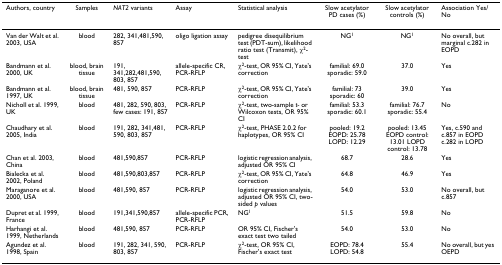
<table><thead><tr><td><b>Authors, country</b></td><td><b>Samples</b></td><td><b><i>NAT2 </i>variants</b></td><td><b>Assay</b></td><td><b>Statistical analysis</b></td><td><b>Slow acetylator PD cases (%)</b></td><td><b>Slow acetylator controls (%)</b></td><td><b>Association Yes/No</b></td></tr></thead><tbody><tr><td>Van der Walt et al. 2003, USA</td><td>blood</td><td>282, 341,481,590, 857</td><td>oligo ligation assay</td><td>pedigree disequilibrium test (PDT-sum), likelihood ratio test (Transmit), χ<sup>2</sup>-test</td><td>NG<sup>1</sup></td><td>NG<sup>1</sup></td><td>No overall, but marginal c.282 in EOPD</td></tr><tr><td>Bandmann et al. 2000, UK</td><td>blood, brain tissue</td><td>191, 341,282,481,590, 803, 857</td><td>allele-specific CR, PCR-RFLP</td><td>χ<sup>2</sup>-test, OR 95% CI, Yate&#x27;s correction</td><td>familial: 69.0 sporadic: 59.0</td><td>37.0</td><td>Yes</td></tr><tr><td>Bandmann et al. 1997, UK</td><td>blood, brain tissue</td><td>481, 590, 857</td><td>PCR-RFLP</td><td>χ<sup>2</sup>-test, OR 95% CI, Yate&#x27;s correction</td><td>familial: 73 sporadic: 60</td><td>39.0</td><td>Yes</td></tr><tr><td>Nicholl et al. 1999, UK</td><td>blood</td><td>481, 282, 590, 803, few cases: 191, 857</td><td>PCR-RFLP</td><td>χ<sup>2</sup>-test, two-sample <i>t- </i>or Wilcoxon tests, OR 95% CI</td><td>familial: 53.3 sporadic: 60.1</td><td>familial: 76.7 sporadic: 55.4</td><td>No</td></tr><tr><td>Chaudhary et al. 2005, India</td><td>blood</td><td>191, 282, 341,481, 590, 803, 857</td><td>PCR-RFLP</td><td>χ<sup>2</sup>-test, PHASE 2.0.2 for haplotypes, OR 95% CI</td><td>pooled: 19.2 EOPD: 25.78 LOPD: 12.29</td><td>pooled: 13.45 EOPD control: 13.01 LOPD control: 13.78</td><td>Yes, c.590 and c.857 in EOPD c.282 in LOPD</td></tr><tr><td>Chan et al. 2003, China</td><td>blood</td><td>481,590,857</td><td>PCR-RFLP</td><td>logistic regression analysis, adjusted OR 95% CI</td><td>68.7</td><td>28.6</td><td>Yes</td></tr><tr><td>Bialecka et al. 2002, Poland</td><td>blood</td><td>481,590,803,857</td><td>PCR-RFLP</td><td>χ<sup>2</sup>-test, OR 95% CI, Yate&#x27;s correction</td><td>64.8</td><td>46.9</td><td>Yes</td></tr><tr><td>Maraganore et al. 2000, USA</td><td>blood</td><td>481,590, 857</td><td>PCR-RFLP</td><td>logistic regression analysis, adjusted OR 95% CI, two-sided <i>p </i>values</td><td>54.0</td><td>53.0</td><td>No overall, but c.857</td></tr><tr><td>Dupret et al. 1999, France</td><td>blood</td><td>191,341,590,857</td><td>allele-specific PCR, PCR-RFLP</td><td>NG<sup>1</sup></td><td>51.5</td><td>59.8</td><td>No</td></tr><tr><td>Harhangi et al. 1999, Netherlands</td><td>blood</td><td>481,590, 857</td><td>PCR-RFLP</td><td>OR 95% CI, Fischer&#x27;s exact test two tailed</td><td>54.0</td><td>53.0</td><td>No</td></tr><tr><td>Agundez et al. 1998, Spain</td><td>blood</td><td>191, 282, 341, 590, 803, 857</td><td>PCR-RFLP</td><td>χ<sup>2</sup>-test, OR 95% CI, Fischer&#x27;s exact test</td><td>EOPD: 78.4 LOPD: 54.8</td><td>55.4</td><td>No overall, but yes OEPD</td></tr></tbody></table>